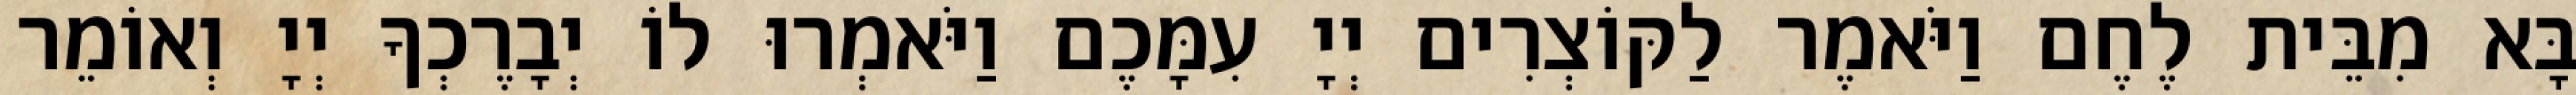
בָּא מִבֵּית לֶחֶם וַיֹּאמֶר לַקּוֹצְרִים יְיָ עִמָּכֶם וַיֹּאמְרוּ לוֹ יְבָרֶכְךָ יְיָ וְאוֹמֵר